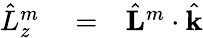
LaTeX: \begin{array}{rlr}{\hat{L}_{z}^{m}}&{{}=}&{\hat{\mathbf L}^{m}\cdot\hat{\mathbf k}}\end{array}